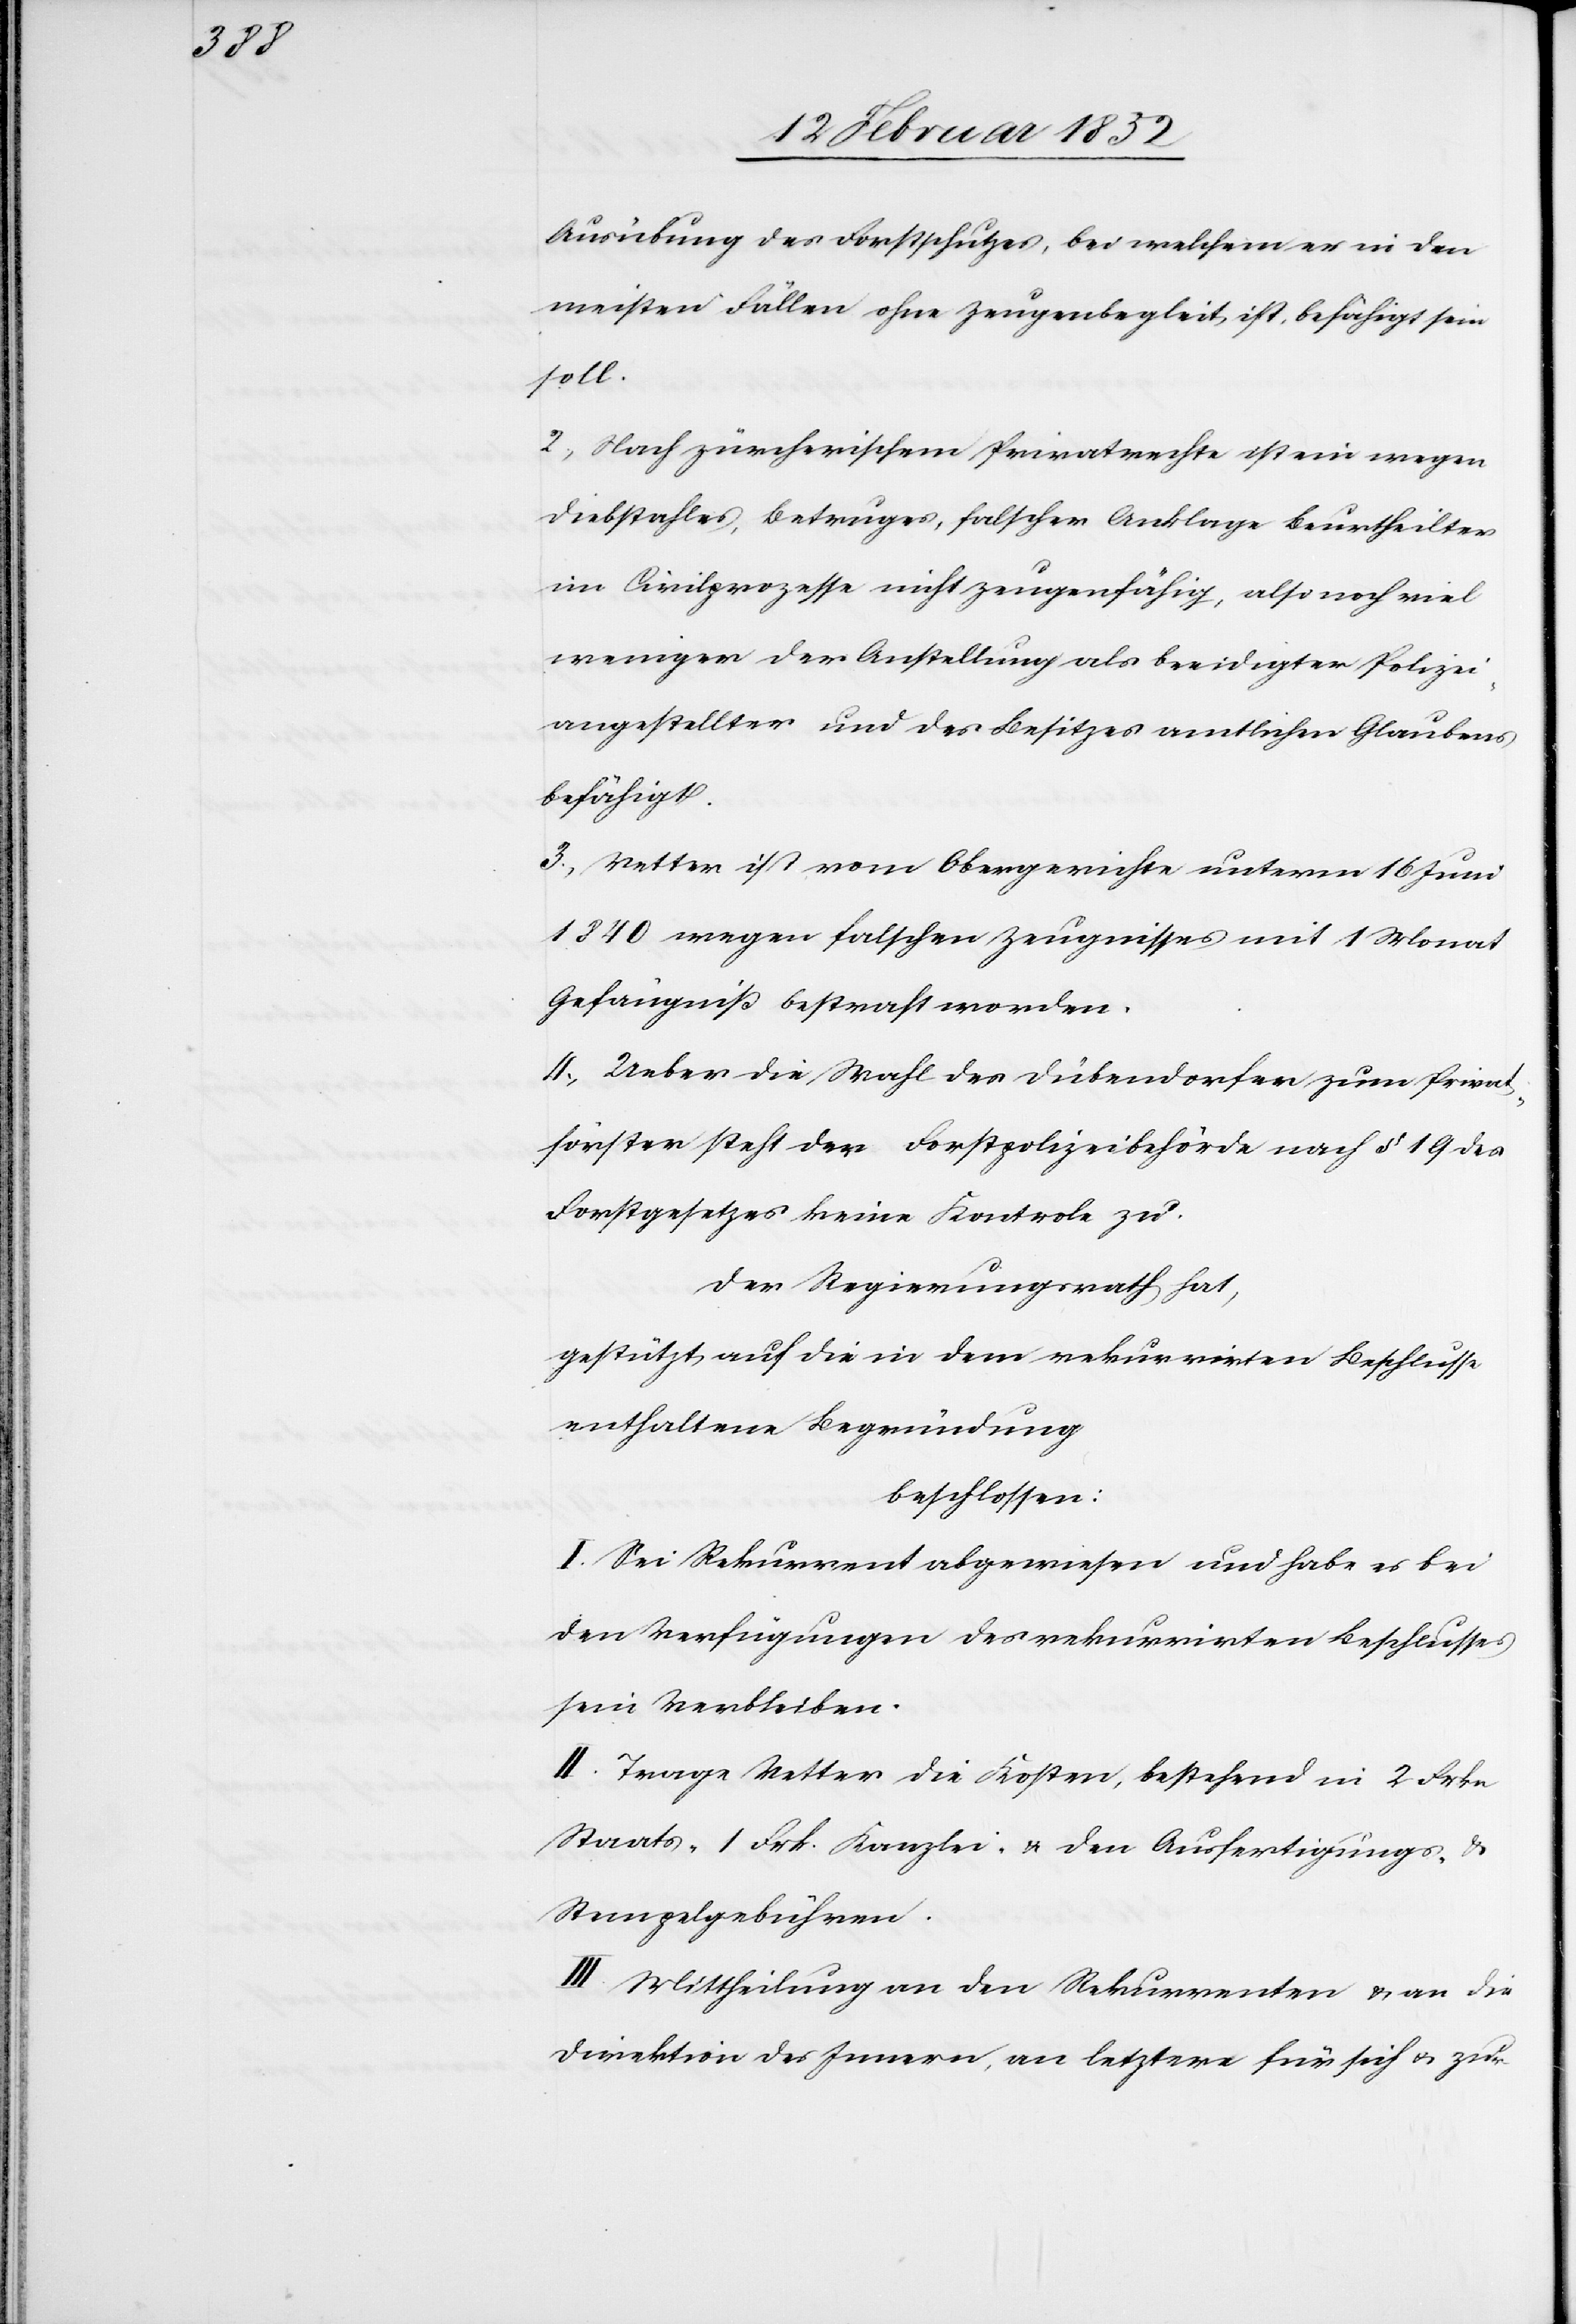
Ausübung des Forstschutzes, bei welchem er in den
meisten Fällen ohne Zeugenbegleit ist, befähigt sein
soll.
2.) Nach zürcherischem Privatrechte ist ein wegen
Diebstahles, Betruges, falscher Anklage Beurtheilter
im Civilprozesse nicht zeugenfähig, also noch viel
weniger der Anstellung als beeidigter Polizei¬
angestellter und des Besitzes amtlichen Glaubens
befähigt.
3.) Vetter ist vom Obergerichte unterm 16 Juni
1840 wegen falschen Zeugnisses mit 1 Monat
Gefängniß bestraft worden.
4.) Ueber die Wahl des Dübendorfer zum Privat¬
förster steht der Forstpolizeibehörde nach § 19 des
Forstgesetzes keine Kontrole zu.
Der Regierungsrath hat,
gestützt auf die in dem rekurrirten Beschlusse
enthaltene Begründung
beschlossen:
I. Sei Rekurrent abgewiesen und habe es bei
den Verfügungen des rekurrirten Beschlusses
sein Verbleiben.
II. Trage Vetter die Kosten, bestehend in 2 Frkn
Staats- 1 Frk. Kanzlei- u. den Ausfertigungs- u.
Stempelgebühren.
III. Mittheilung an den Rekurrenten u. an die
Direktion des Innern, an letztere für sich u. zur